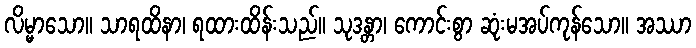
လိမ္မာသော။ သာရထိနာ၊ ရထားထိန်းသည်။ သုဒန္တာ၊ ကောင်းစွာ ဆုံးမအပ်ကုန်သော။ အဿာ